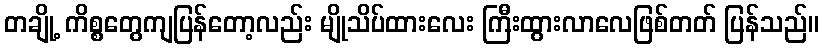
တချို့ ကိစ္စတွေကျပြန်တော့လည်း မျိုသိပ်ထားလေး ကြီးထွားလာလေဖြစ်တတ် ပြန်သည်။